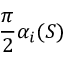
\frac { \pi } { 2 } \alpha _ { i } ( S )